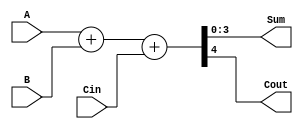


module FullAdd4( A,B,Cin,Sum,Cout);                	
    input [3:0] A, B;
    input Cin; 			
    output [3:0] Sum;
    output Cout;

    assign {Cout,Sum} = A+B+Cin;             	          	
// student code here


endmodule